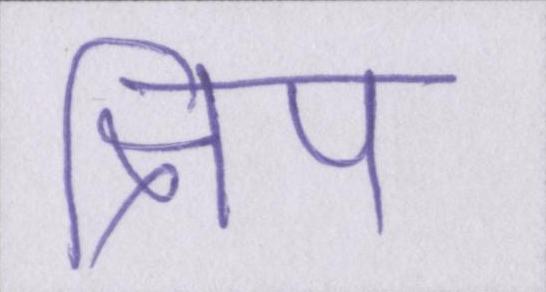
क्षिप